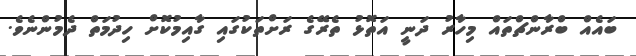
ބައެއް ބްރާންޗްތައް މިހާރު ދަނީ އަތޮޅު ތެރޭގެ ރަށްތަކުގައި ގާއިމުކޮށް ހިދުމަތް ދެމުންނެވެ.